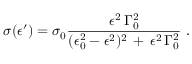
\sigma ( \epsilon ^ { \prime } ) = \sigma _ { 0 } \frac { \epsilon ^ { 2 } \, \Gamma _ { 0 } ^ { 2 } } { ( \epsilon _ { 0 } ^ { 2 } - \epsilon ^ { 2 } ) ^ { 2 } \, + \, \epsilon ^ { 2 } \, \Gamma _ { 0 } ^ { 2 } } \, \, .